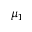
\mu _ { 1 }